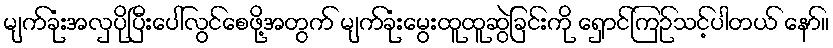
မျက်ခုံးအလှပိုပြီးပေါ်လွင်စေဖို့အတွက် မျက်ခုံးမွေးထူထူဆွဲခြင်းကို ရှောင်ကြဉ်သင့်ပါတယ် နော်။